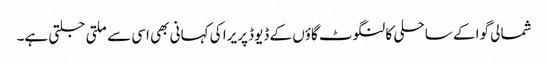
شمالی گوا کے ساحلی کالنگوٹ گاؤں کے ڈیوڈ پریرا کی کہانی بھی اسی سے ملتی جلتی ہے۔